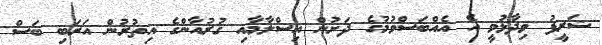
ޝަރީފު ވިދާޅުވީ އެ އެއްބަސްވުމުގެ ދަށުން އިސްލާމާއި ޤުރުއާންގެ އިތުރުން އަރަބި ބަސް